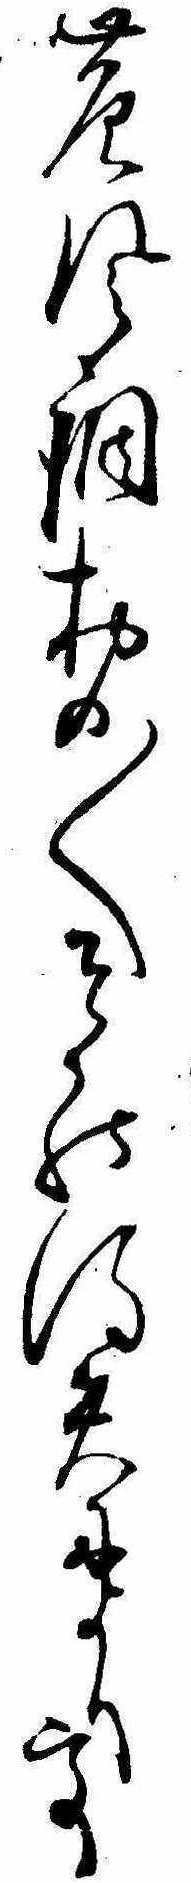
の風調おの〱そ得失によりて